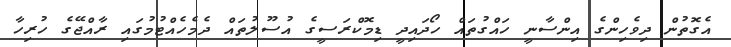
އެގޮތުން ދިވެހިންގެ އިންސާނީ ހައްގުތައް ހޯދައިދީ ޑިމޮކްރަސީގެ އުސޫލުތައް ދެމެހެއްޓުމުގައި ރާއްޖޭގެ ހުރިހާ